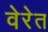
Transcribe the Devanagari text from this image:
वेरेत